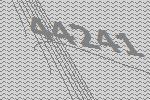
44241